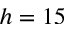
h = 1 5